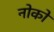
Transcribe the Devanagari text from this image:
नोको